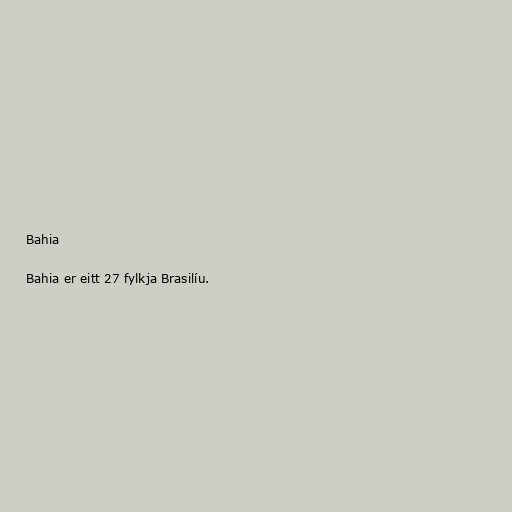
Bahia

Bahia er eitt 27 fylkja Brasilíu.